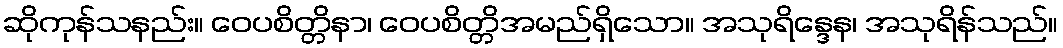
ဆိုကုန်သနည်း။ ဝေပစိတ္တိနာ၊ ဝေပစိတ္တိအမည်ရှိသော။ အသုရိန္ဒေန၊ အသုရိန်သည်။